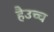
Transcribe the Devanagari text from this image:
हैउच्च